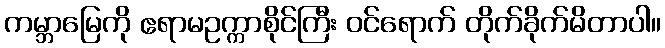
ကမ္ဘာမြေကို ဧရာမဥက္ကာစိုင်ကြီး ဝင်ရောက် တိုက်ခိုက်မိတာပါ။